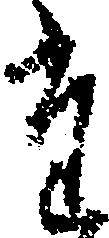
た